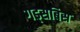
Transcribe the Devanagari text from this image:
गड्सबिस